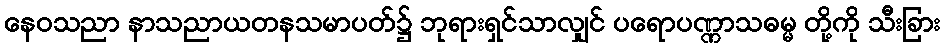
နေဝသညာ နာသညာယတနသမာပတ်၌ ဘုရားရှင်သာလျှင် ပရောပဏ္ဏာသဓမ္မ တို့ကို သီးခြား